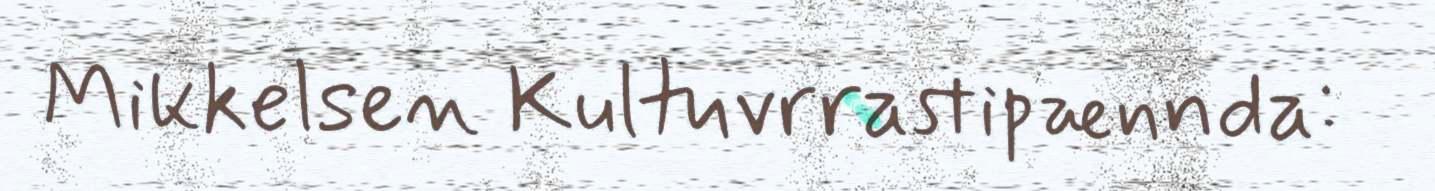
Mikkelsen Kultuvrrastipænnda: